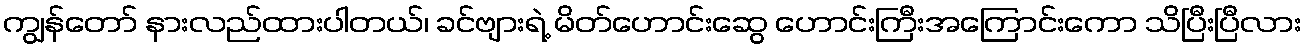
ကျွန်တော် နားလည်ထားပါတယ်၊ ခင်ဗျားရဲ့ မိတ်ဟောင်းဆွေ ဟောင်းကြီးအကြောင်းကော သိပြီးပြီလား